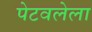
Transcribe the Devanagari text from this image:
पेटवलेला